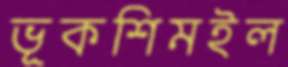
ভূকশিমইল